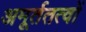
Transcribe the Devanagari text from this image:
अमूर्ततत्वों